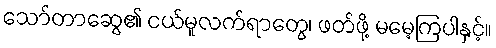
သော်တာဆွေ၏ ငယ်မူလက်ရာတွေ၊ ဖတ်ဖို့ မမေ့ကြပါနှင့်။